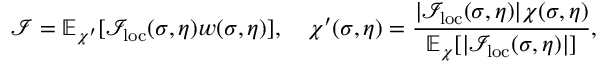
\mathcal { I } = \mathbb { E } _ { \chi ^ { \prime } } [ \mathcal { I } _ { \mathrm { l o c } } ( \sigma , \eta ) w ( \sigma , \eta ) ] , \quad \chi ^ { \prime } ( \sigma , \eta ) = \frac { | \mathcal { I } _ { \mathrm { l o c } } ( \sigma , \eta ) | \chi ( \sigma , \eta ) } { \mathbb { E } _ { \chi } [ | \mathcal { I } _ { \mathrm { l o c } } ( \sigma , \eta ) | ] } ,